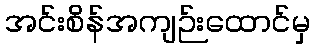
အင်းစိန်အကျဉ်းထောင်မှ